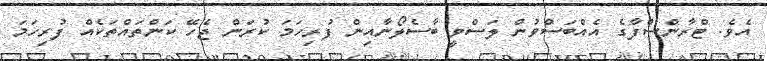
އެވެ. ޓްރާންސްފާގެ އެއްބަސްވުން ލަސްވީ ބާސެލޯނާއިން ފުރިހަމަ ކުރަން ޖެހޭ ކަންތައްތަކެއް ފުރިހަމަ